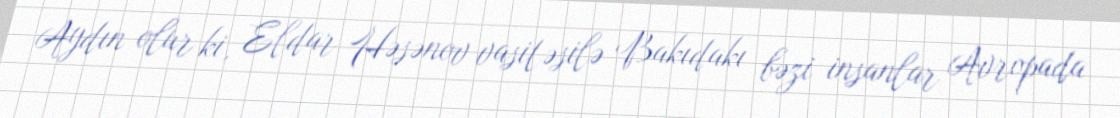
Aydın olur ki, Eldar Həsənov vasitəsilə Bakıdakı bəzi insanlar Avropada